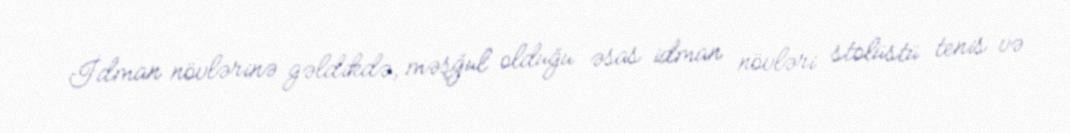
İdman növlərinə gəldikdə, məşğul olduğu əsas idman növləri stolüstü tenis və